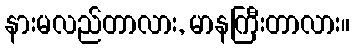
နားမလည်တာလား, မာနကြီးတာလား။